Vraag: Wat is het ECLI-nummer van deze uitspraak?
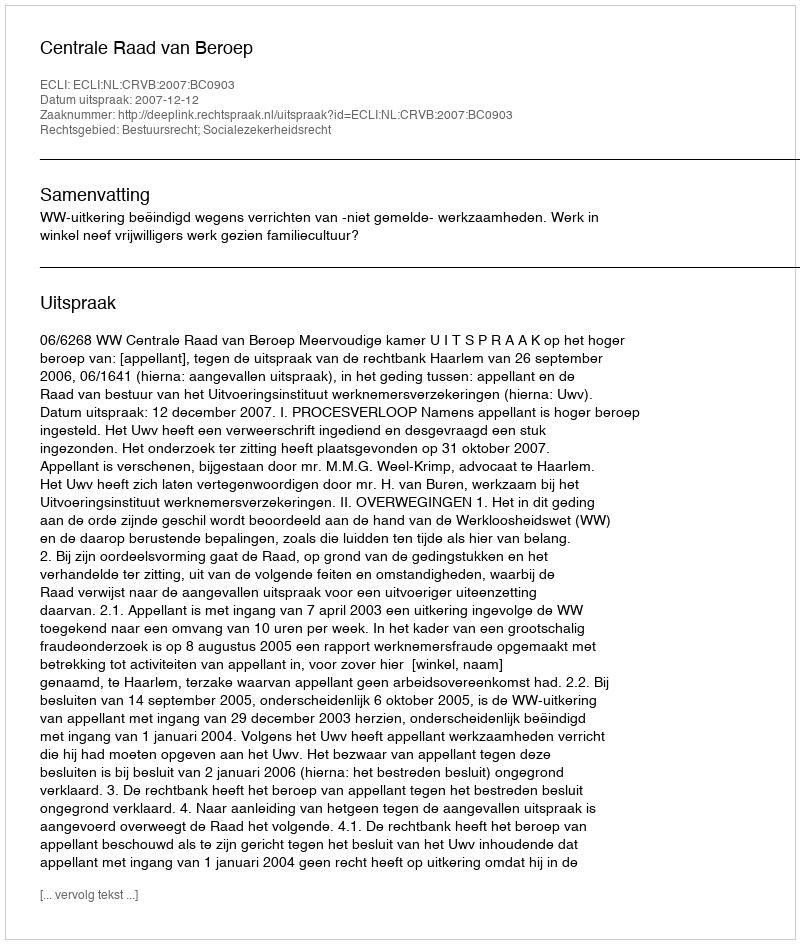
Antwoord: ECLI:NL:CRVB:2007:BC0903